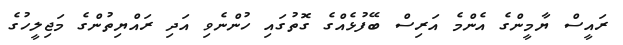
ރައީސް ޔާމީންގެ އެންމެ އަރިސް ބޭފުޅެއްގެ ގޮތުގައި ހުންނެވި އަދި ރައްޔިތުންގެ މަޖިލީހުގެ